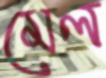
মেল